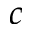
c